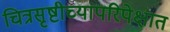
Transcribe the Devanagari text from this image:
चित्रसृष्टीच्यापरिपेक्षात